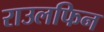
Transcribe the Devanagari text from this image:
राउलफिन